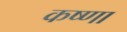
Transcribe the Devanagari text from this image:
कष्णा